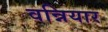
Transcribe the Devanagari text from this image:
वन्नियार